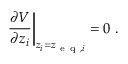
\left. \frac { \partial V } { \partial z _ { i } } \right| _ { z _ { i } = z _ { \mathrm { ~ e ~ q ~ } , i } } = 0 \mathrm { ~ . ~ }